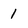
Character: 1